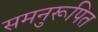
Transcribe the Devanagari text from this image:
समनुरूपित